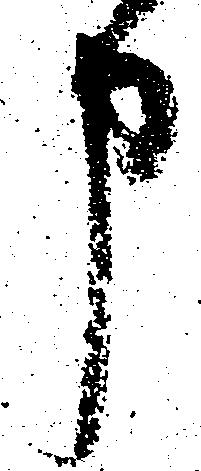
申